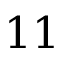
1 1